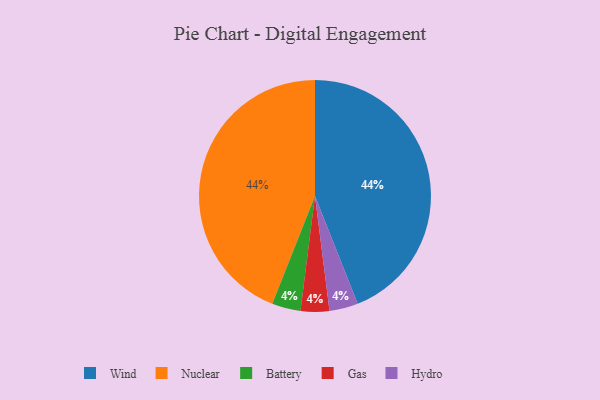
{"axis": {"x": "Category", "y": "Percentage"}, "legend": ["Battery", "Gas", "Hydro", "Nuclear", "Wind"], "data": [{"x": "Wind", "y": 44, "type": "Wind"}, {"x": "Nuclear", "y": 44, "type": "Nuclear"}, {"x": "Battery", "y": 4, "type": "Battery"}, {"x": "Gas", "y": 4, "type": "Gas"}, {"x": "Hydro", "y": 4, "type": "Hydro"}]}